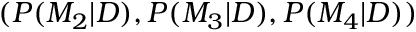
( P ( M _ { 2 } | D ) , P ( M _ { 3 } | D ) , P ( M _ { 4 } | D ) )